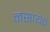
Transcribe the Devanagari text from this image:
नसायचं